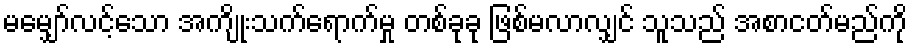
မမျှော်လင့်သော အကျိုးသက်ရောက်မှု တစ်ခုခု ဖြစ်မလာလျှင် သူသည် အစာငတ်မည်ကို